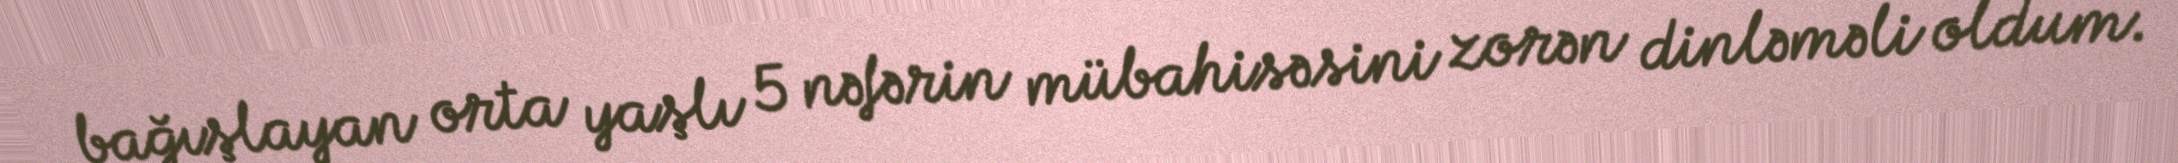
bağışlayan orta yaşlı 5 nəfərin mübahisəsini zorən dinləməli oldum.